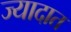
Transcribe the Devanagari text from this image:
ज्यादात